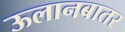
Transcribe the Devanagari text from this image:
ऊलानबातर